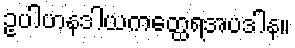
ဥပါဟနဒါယကတ္ထေရအပဒါန။